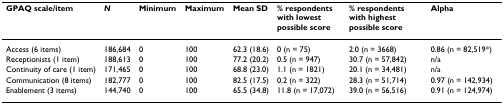
| GPAQ scale/item | N | Minimum | Maximum | Mean SD | % respondents with lowest possible score | % respondents with highest possible score | Alpha |
 | --- | --- | --- | --- | --- | --- | --- | --- |
 | Access (6 items) | 186,684 | 0 | 100 | 62.3 (18.6) | 0 (n = 75) | 2.0 (n = 3668) | 0.86 (n = 82,519*) |
 | Receptionists (1 item) | 188,613 | 0 | 100 | 77.2 (20.2) | 0.5 (n = 947) | 30.7 (n = 57,842) | n/a |
 | Continuity of care (1 item) | 171,465 | 0 | 100 | 68.8 (23.0) | 1.1 (n = 1821) | 20.1 (n = 34,481) | n/a |
 | Communication (8 items) | 182,777 | 0 | 100 | 82.5 (17.5) | 0.2 (n = 322) | 28.3 (n = 51,714) | 0.97 (n = 142,934) |
 | Enablement (3 items) | 144,740 | 0 | 100 | 65.5 (34.8) | 11.8 (n = 17,072) | 39.0 (n = 56,516) | 0.91 (n = 124,974) |